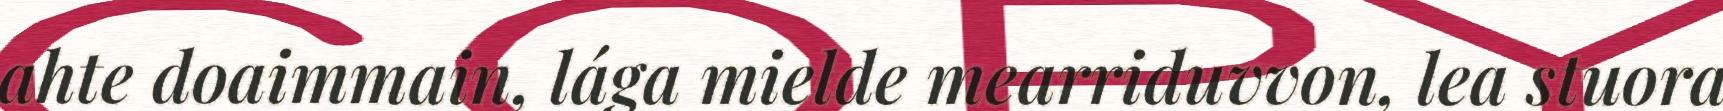
ahte doaimmain, lága mielde mearriduvvon, lea stuora